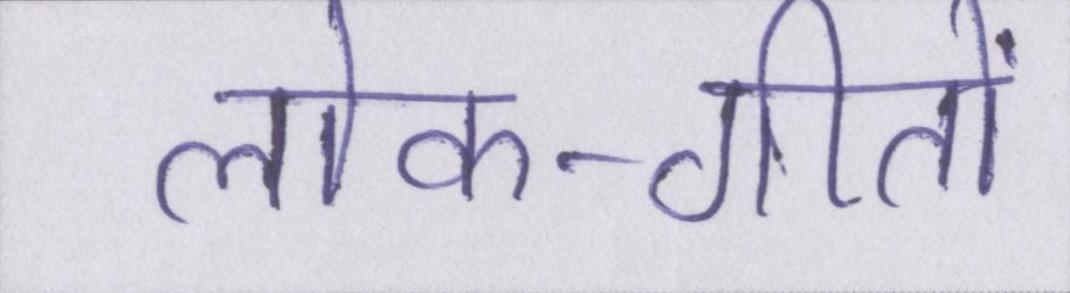
लोक-गीतों